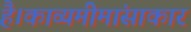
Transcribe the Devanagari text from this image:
है।काव्यमीमांसाकार